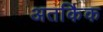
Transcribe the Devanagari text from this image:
अतर्किक